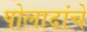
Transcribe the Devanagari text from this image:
पोलादांचे